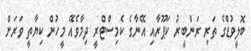
ބޮލީވުޑްގެ ތަރި ރަންބީރު ކަޕޫރާއި އޭނާގެ ކެމިސްޓްރީ ދިމާވެއޭ މީހުން ކިޔާތީ ވަރަށް